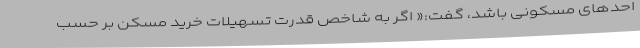
احدهای مسکونی باشد، گفت:« اگر به شاخص قدرت تسهیلات خرید مسکن بر حسب